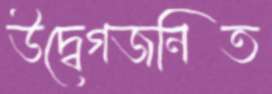
উদ্বেগজনিত